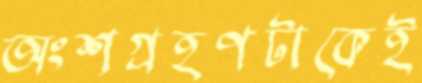
অংশগ্রহণটাকেই